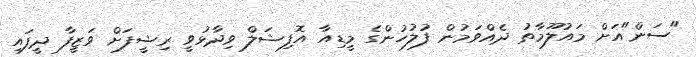
"ސަން"އަށް މައުލޫމާތު ދެއްވަމުން ފުލުހުންގެ މީޑިއާ އޮފިޝަލް ވިދާޅުވީ ރިޝީފަށް ވަޒީފާ ދީފައި